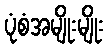
ပုံစံအမျိုးမျိုး